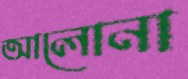
আলোনা